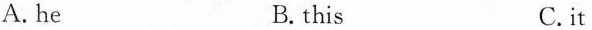
A. he B. this C.it